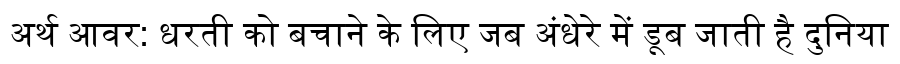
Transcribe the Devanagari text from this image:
अर्थ आवर: धरती को बचाने के लिए जब अंधेरे में डूब जाती है दुनिया